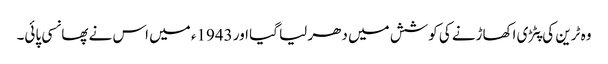
وہ ٹرین کی پٹڑی اکھاڑنے کی کوشش میں دھر لیا گیا اور 1943ء میں اس نے پھانسی پائی۔